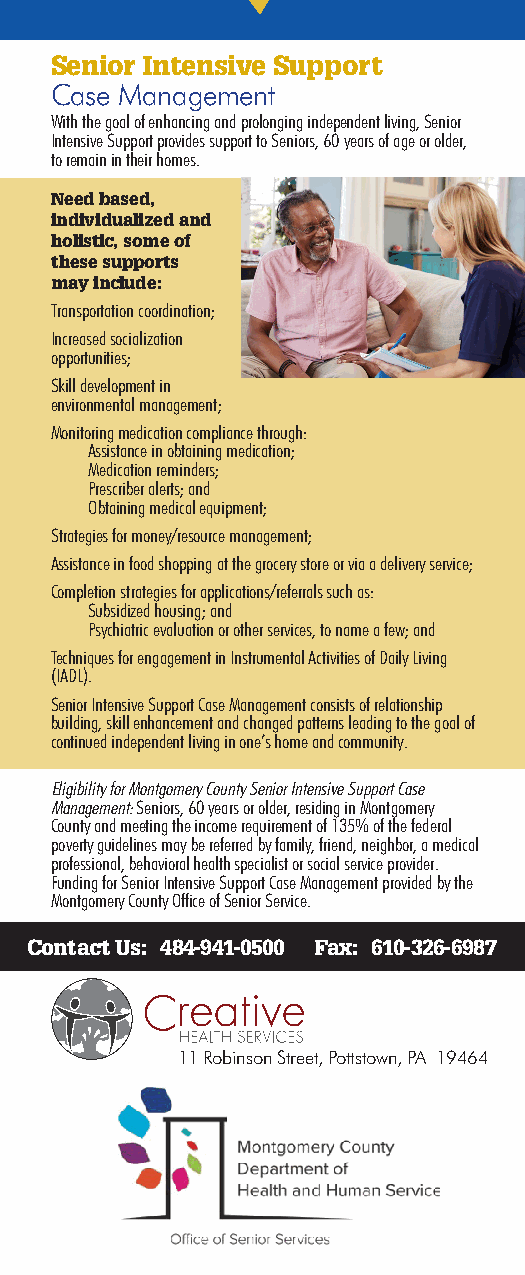
Senior Intensive Support
 Case Management
 With the goal of enhancing and prolonging independent living, Senior
 Intensive Support provides support to Seniors, 60 years of age or older,
 to remain in their homes.
 Need based,
 individualized and
 holistic, some of
 these supports
 may include:
 Transportation coordination;
 Increased socialization
 opportunities;
 Skill development in
 environmental management;
 Monitoring medication compliance through:
 Assistance in obtaining medication;
 Medication reminders;
 Prescriber alerts; and
 Obtaining medical equipment;
 Strategies for money/resource management;
 Assistance in food shopping at the grocery store or via a delivery service;
 Completion strategies for applications/referrals such as:
 Subsidized housing; and
 Psychiatric evaluation or other services, to name a few; and
 Techniques for engagement in Instrumental Activities of Daily Living
 (IADL).
 Senior Intensive Support Case Management consists of relationship
 building, skill enhancement and changed patterns leading to the goal of
 continued independent living in one’s home and community.
 Eligibility for Montgomery County Senior Intensive Support Case
 Management: Seniors, 60 years or older, residing in Montgomery
 County and meeting the income requirement of 135% of the federal
 poverty guidelines may be referred by family, friend, neighbor, a medical
 professional, behavioral health specialist or social service provider.
 Funding for Senior Intensive Support Case Management provided by the
 Montgomery County Office of Senior Service.
 Contact Us: 484-941-0500 Fax: 610-326-6987
 11 Robinson Street, Pottstown, PA 19464